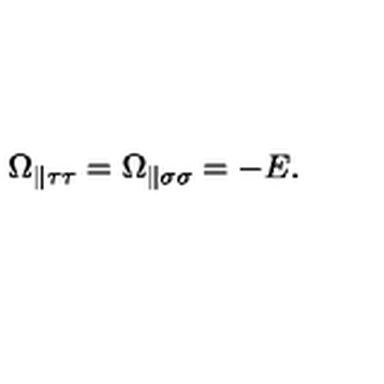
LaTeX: \Omega _ { \parallel \tau \tau } = \Omega _ { \parallel \sigma \sigma } = - E .